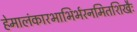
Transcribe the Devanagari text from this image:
हेमालंकारभाभिर्भरनमितशिखैः